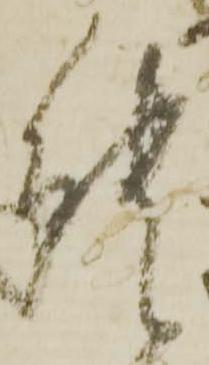
能